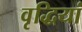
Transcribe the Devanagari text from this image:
वृद्धियां